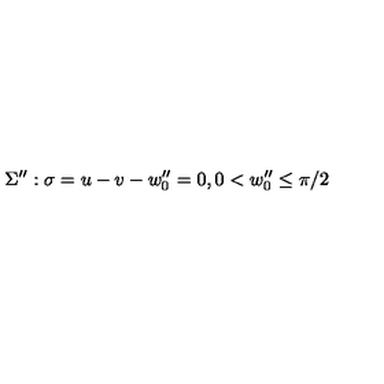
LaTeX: \Sigma ^ { \prime \prime } : \sigma = u - v - w _ { 0 } ^ { \prime \prime } = 0 , 0 < w _ { 0 } ^ { \prime \prime } \leq \pi / 2